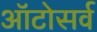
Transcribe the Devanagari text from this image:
ऑटोसर्व